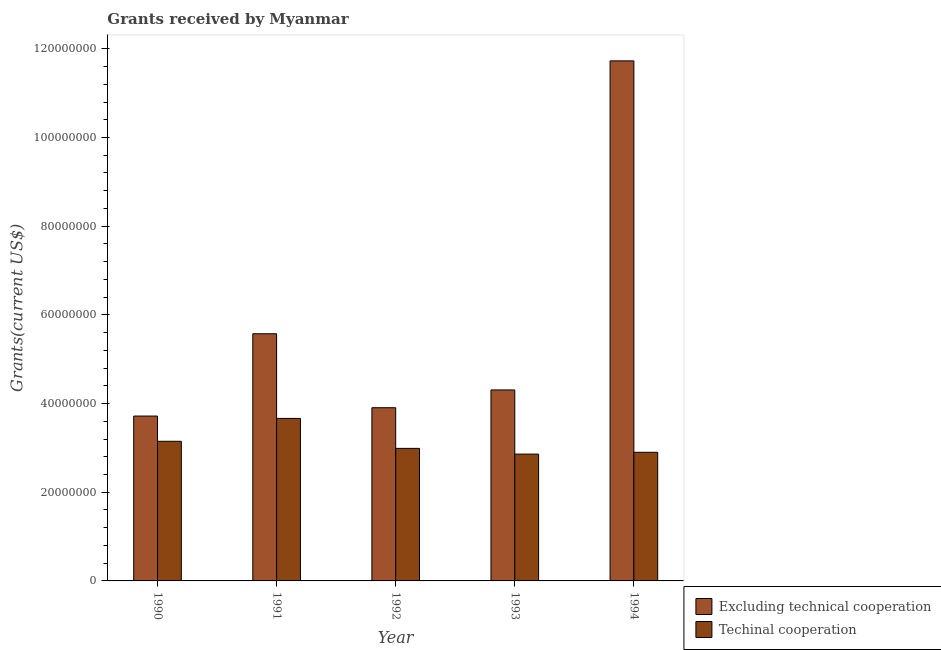
| Year | Excluding technical cooperation | Techinal cooperation |
 | --- | --- | --- |
 | 1990 | 3.72e+07 | 3.15e+07 |
 | 1991 | 5.57e+07 | 3.66e+07 |
 | 1992 | 3.91e+07 | 2.99e+07 |
 | 1993 | 4.31e+07 | 2.86e+07 |
 | 1994 | 1.17e+08 | 2.9e+07 |